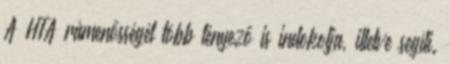
A HTA rámenősségét több tényező is indokolja, illetve segíti.